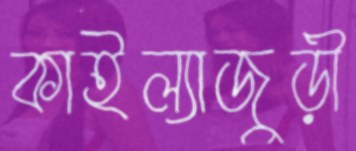
কাইল্যাজুড়ী